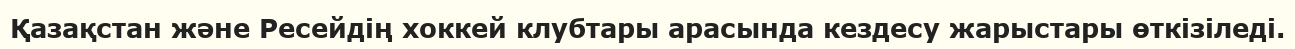
Қазақстан және Ресейдің хоккей клубтары арасында кездесу жарыстары өткізіледі.